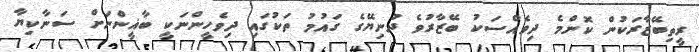
ރީތިބޭޒާރަކުން ކޮންމެ ދިވެއްސަކު ބޭޒާރުވެ ދުނިޔޭގެ ގައުމު ތަކުގައި ދިވެހީންނަކީ ބާޣީންނަށް ސަނާކިޔާ